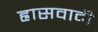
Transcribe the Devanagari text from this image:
ह्रासवादी